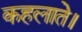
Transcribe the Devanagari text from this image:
कहलाते।